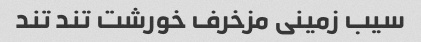
سیب زمینی مزخرف خورشت تند تند